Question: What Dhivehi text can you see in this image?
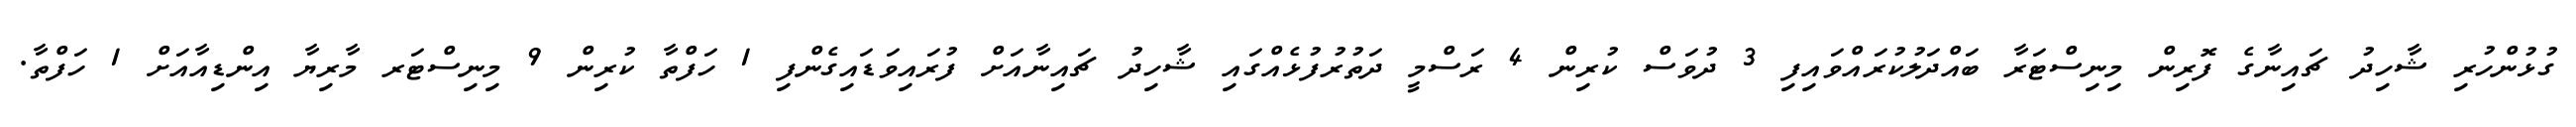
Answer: ގުޅުންހުރި ޝާހިދު ޗައިނާގެ ފޮރިން މިނިސްޓަރާ ބައްދަލުކުރައްވައިފި 3 ދުވަސް ކުރިން 4 ރަސްމީ ދަތުރުފުޅެއްގައި ޝާހިދު ޗައިނާއަށް ފުރައިވަޑައިގެންފި 1 ހަފްތާ ކުރިން 9 މިނިސްޓަރ މާރިޔާ އިންޑިއާއަށް 1 ހަފްތާ.